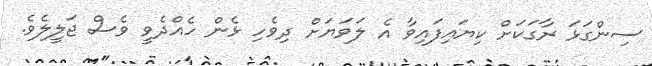
ސިންގަޅަ ރާގަކަށް ކިޔައިފައިވާ އެ ލަވަޔަށް ދިވެހި ޅެން ހެއްދެވީ ވެސް ޖަލީލެވެ.